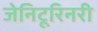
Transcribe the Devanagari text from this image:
जेनिटूरिनरी